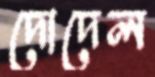
দোদেল